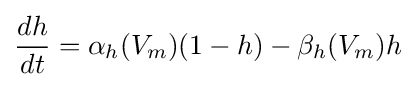
{\frac {dh}{dt}}=\alpha _{h}(V_{m})(1-h)-\beta _{h}(V_{m})h